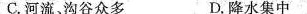
C.河流、沟谷众多 D.降水集中